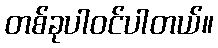
တစ်ခုပါဝင်ပါတယ်။